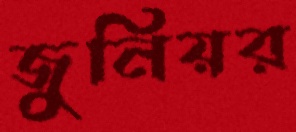
জুনিয়র